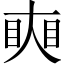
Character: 𥇛